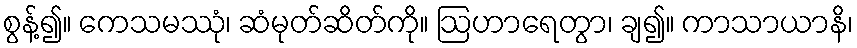
စွန့်၍။ ကေသမဿုံ၊ ဆံမုတ်ဆိတ်ကို။ ဩဟာရေတွာ၊ ချ၍။ ကာသာယာနိ၊